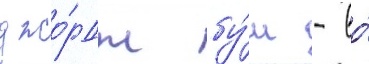
джо́рдж бу́ш - во́